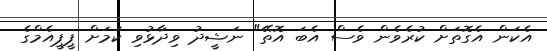
އެކަން އެގޮތަށް ކުރެވެން ވެސް އެބަ އޮތޭ" ނަޝީދު ވިދާޅުވި ކަމަށް ޕީޕީއެމްގެ